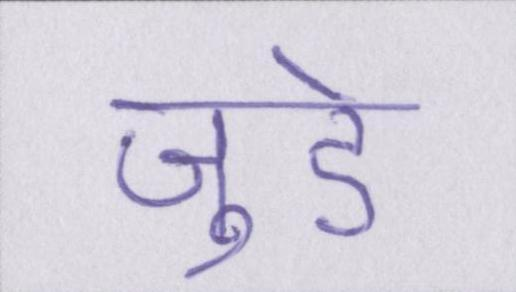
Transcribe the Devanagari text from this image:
जुडे